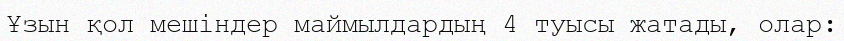
Ұзын қол мешіндер маймылдардың 4 туысы жатады, олар: